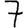
Digit: 7